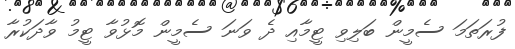
ފުރަތަމަ ސެމީން ބަލިވި ޓީމާއި ދެ ވަނަ ސެމީން މޮޅުވާ ޓީމު ވާދަކުރާ